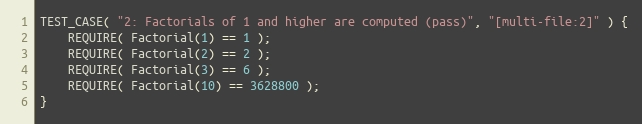
Language: C++
TEST_CASE( "2: Factorials of 1 and higher are computed (pass)", "[multi-file:2]" ) {
    REQUIRE( Factorial(1) == 1 );
    REQUIRE( Factorial(2) == 2 );
    REQUIRE( Factorial(3) == 6 );
    REQUIRE( Factorial(10) == 3628800 );
}